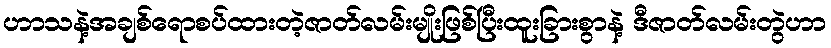
ဟာသနဲ့အချစ်ရောစပ်ထားတဲ့ဇာတ်လမ်းမျိုးဖြစ်ပြီးထူးခြားစွာနဲ့ ဒီဇာတ်လမ်းတွဲဟာ